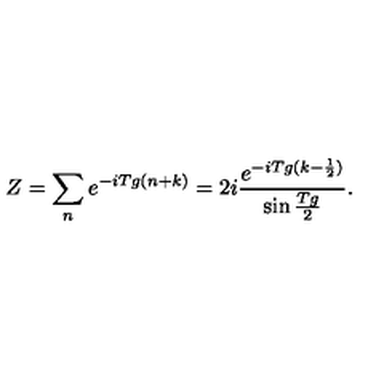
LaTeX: Z = \sum _ { n } e ^ { - i T g ( n + k ) } = 2 i \frac { e ^ { - i T g ( k - \frac { 1 } { 2 } ) } } { \sin \frac { T g } { 2 } } .